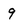
Character: 9